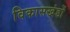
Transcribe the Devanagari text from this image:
विकासखंडों